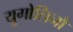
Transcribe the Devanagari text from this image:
युगोलिनो